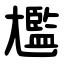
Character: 尷